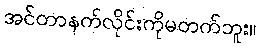
အင်တာနက်လိုင်းကိုမတက်ဘူး။